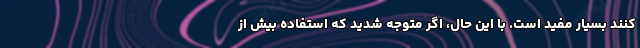
کنند بسیار مفید است. با این حال، اگر متوجه شدید که استفاده بیش از